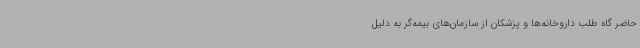
حاضر گاه طلب داروخانه‌ها و پزشکان از سازمان‌های بیمه‌گر به‌ دلیل